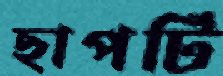
ছাপটি